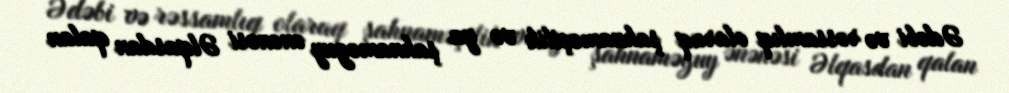
Ədəbi və rəssamlıq olaraq şahnaməçilik və ya şahnaməguy ənənəsi Əlqasdan qalan